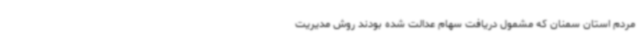
مردم استان سمنان که مشمول دریافت سهام عدالت شده بودند روش مدیریت